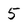
Character: 5